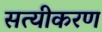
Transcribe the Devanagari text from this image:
सत्यीकरण